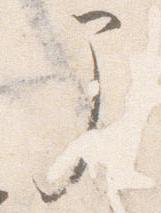
部